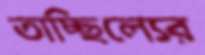
তাচ্ছিল্যের